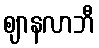
ဈာနလာဘီ